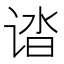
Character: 𰵸